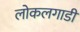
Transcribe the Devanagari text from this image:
लोकलगाडी